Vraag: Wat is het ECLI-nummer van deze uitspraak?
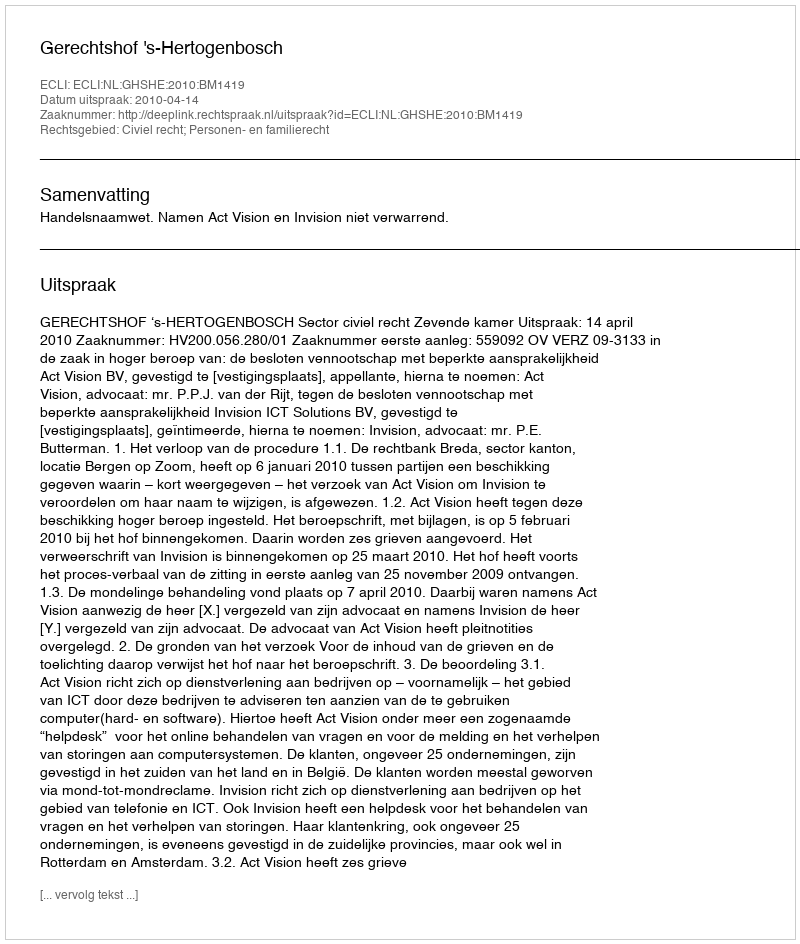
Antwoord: ECLI:NL:GHSHE:2010:BM1419